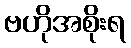
ဗဟိုအစိုးရ